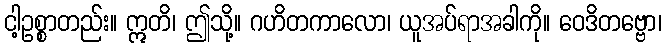
ငါ့ဥစ္စာတည်း။ ဣတိ၊ ဤသို့။ ဂဟိတကာလော၊ ယူအပ်ရာအခါကို။ ဝေဒိတဗ္ဗော၊